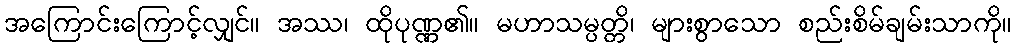
အကြောင်းကြောင့်လျှင်။ အဿ၊ ထိုပုဏ္ဏ၏။ မဟာသမ္ပတ္တိ၊ များစွာသော စည်းစိမ်ချမ်းသာကို။